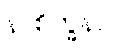
နာစိက္ခနာ